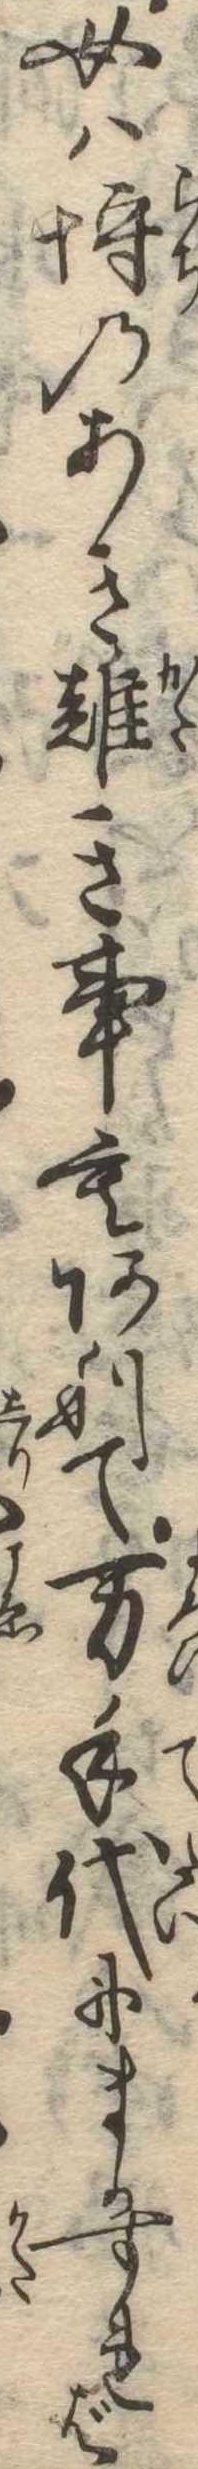
女は埒のあき難き事もありて万手代にまかすれば